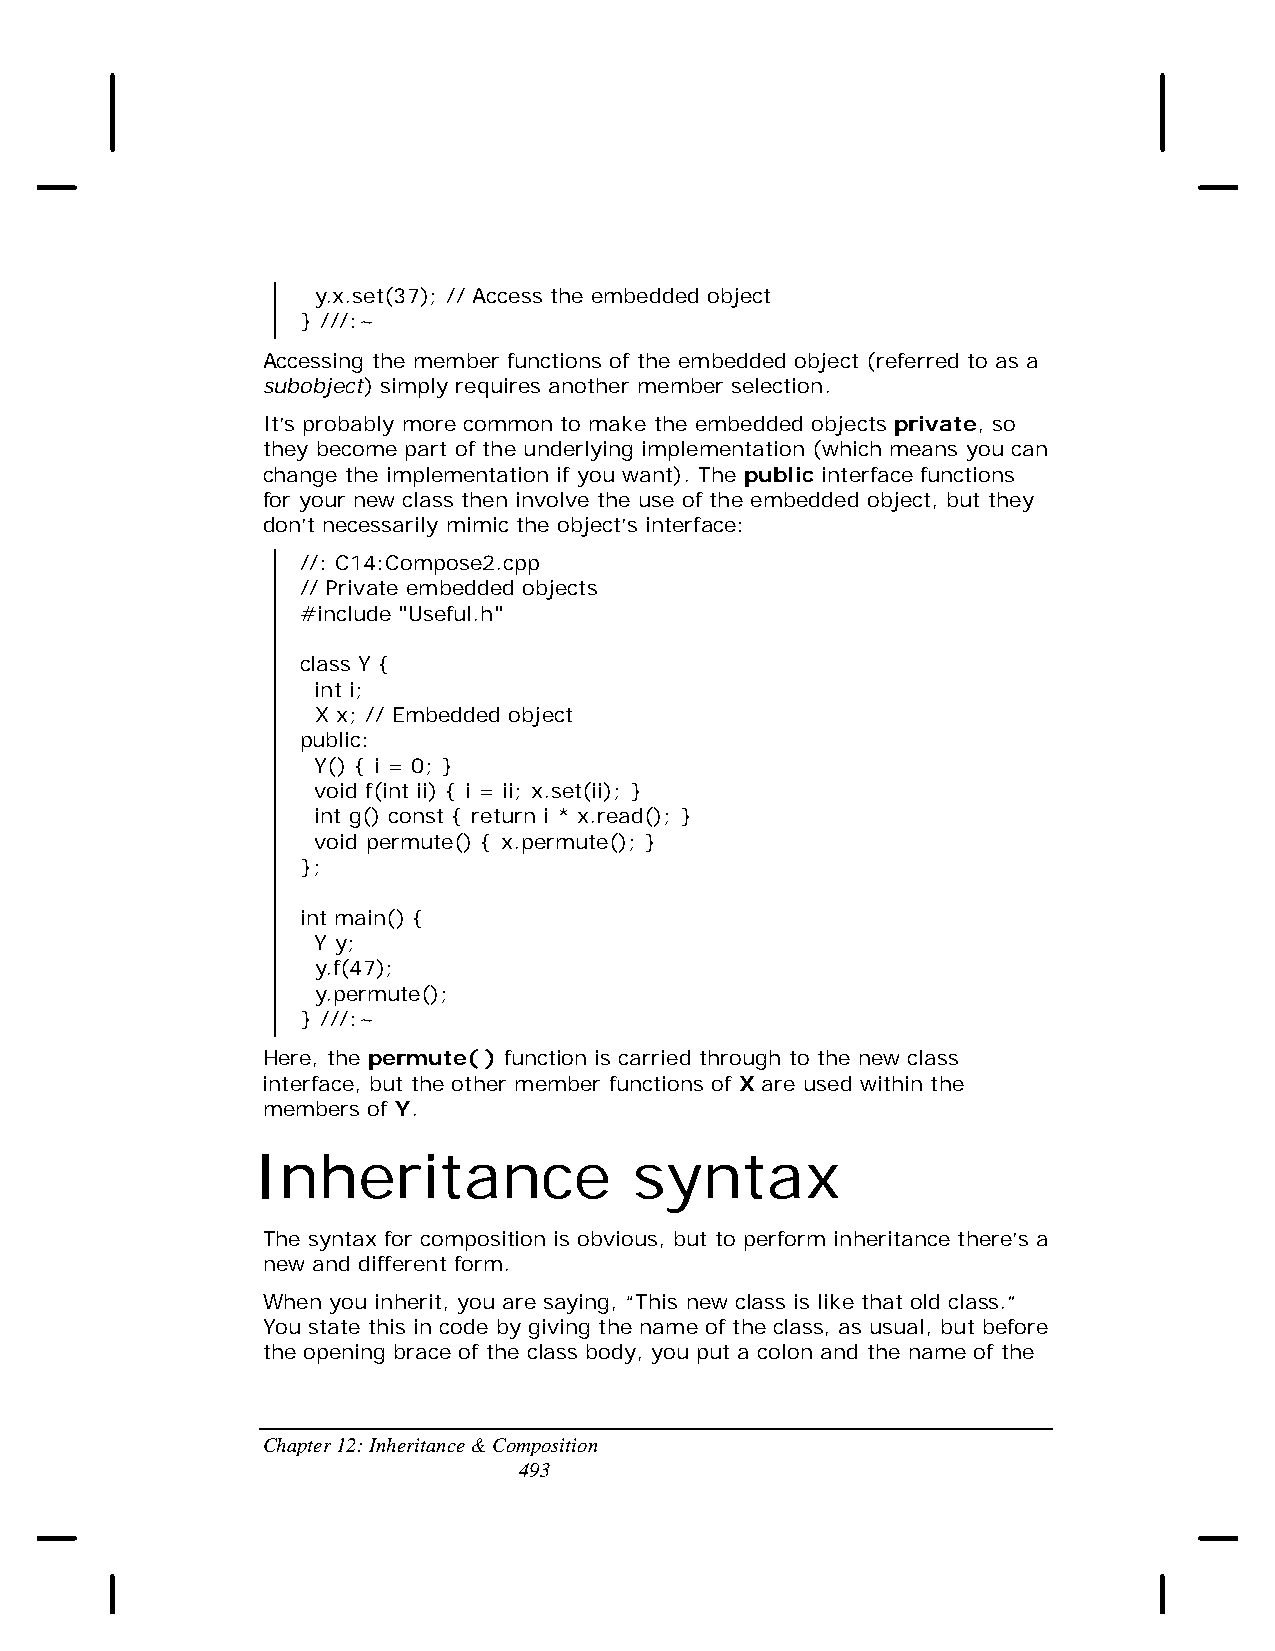
y.x.set(37); // Access the embedded object
 } ///:~
 Accessing the member functions of the embedded object (referred to as a
 subobject) simply requires another member selection.
 It’s probably more common to make the embedded objects private, so
 they become part of the underlying implementation (which means you can
 change the implementation if you want). The public interface functions
 for your new class then involve the use of the embedded object, but they
 don’t necessarily mimic the object’s interface:
 //: C14:Compose2.cpp
 // Private embedded objects
 #include "Useful.h"
 class Y {
 int i;
 X x; // Embedded object
 public:
 Y() { i = 0; }
 void f(int ii) { i = ii; x.set(ii); }
 int g() const { return i * x.read(); }
 void permute() { x.permute(); }
 };
 int main() {
 Y y;
 y.f(47);
 y.permute();
 } ///:~
 Here, the permute( ) function is carried through to the new class
 interface, but the other member functions of X are used within the
 members of Y.
 Inheritance              syntax
 The syntax for composition is obvious, but to perform inheritance there’s a
 new and different form.
 When you inherit, you are saying, “This new class is like that old class.”
 You state this in code by giving the name of the class, as usual, but before
 the opening brace of the class body, you put a colon and the name of the
 Chapter 12: Inheritance & Composition
 493